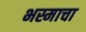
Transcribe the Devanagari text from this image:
भस्माचा